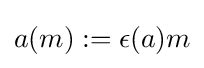
a(m):=\epsilon (a)m